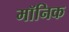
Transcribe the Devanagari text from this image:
मॉनिक